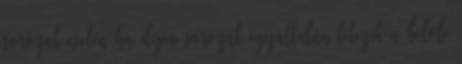
sorozat esetén ha ilyen sorozat egyáltalán létezik a belőle